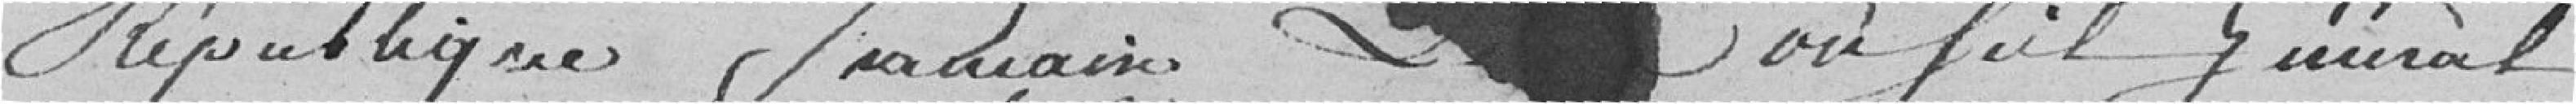
République Française. Le Conseil Général